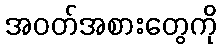
အဝတ်အစားတွေကို